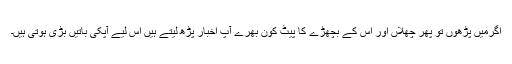
اگرمیں پڑھوں تو پھر چھلاں اور اس کے بچھڑے کا پیٹ کون بھرے آپ اخبار پڑھ لیتے ہیں اس لیے آپکی باتیں بڑی ہوتی ہیں۔